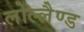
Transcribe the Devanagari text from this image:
लोल्लैण्ड